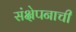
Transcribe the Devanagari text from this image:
संक्षेपनाची